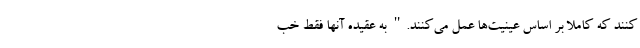
کنند که کاملا بر اساس عینیت‌ها عمل می‌کنند." به عقیده آنها فقط خب